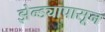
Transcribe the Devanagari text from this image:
झेन्ड्यापासून